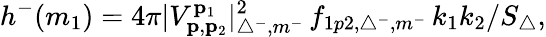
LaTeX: h^{-}(m_{1})=4\pi|V_{\mathbf{p},\mathbf{p}_{2}}^{\mathbf{p}_{1}}|_{\triangle^{-},m^{-}}^{2}\, f_{1p2,\triangle^{-},m^{-}}\, k_{1}k_{2}/S_{\triangle},